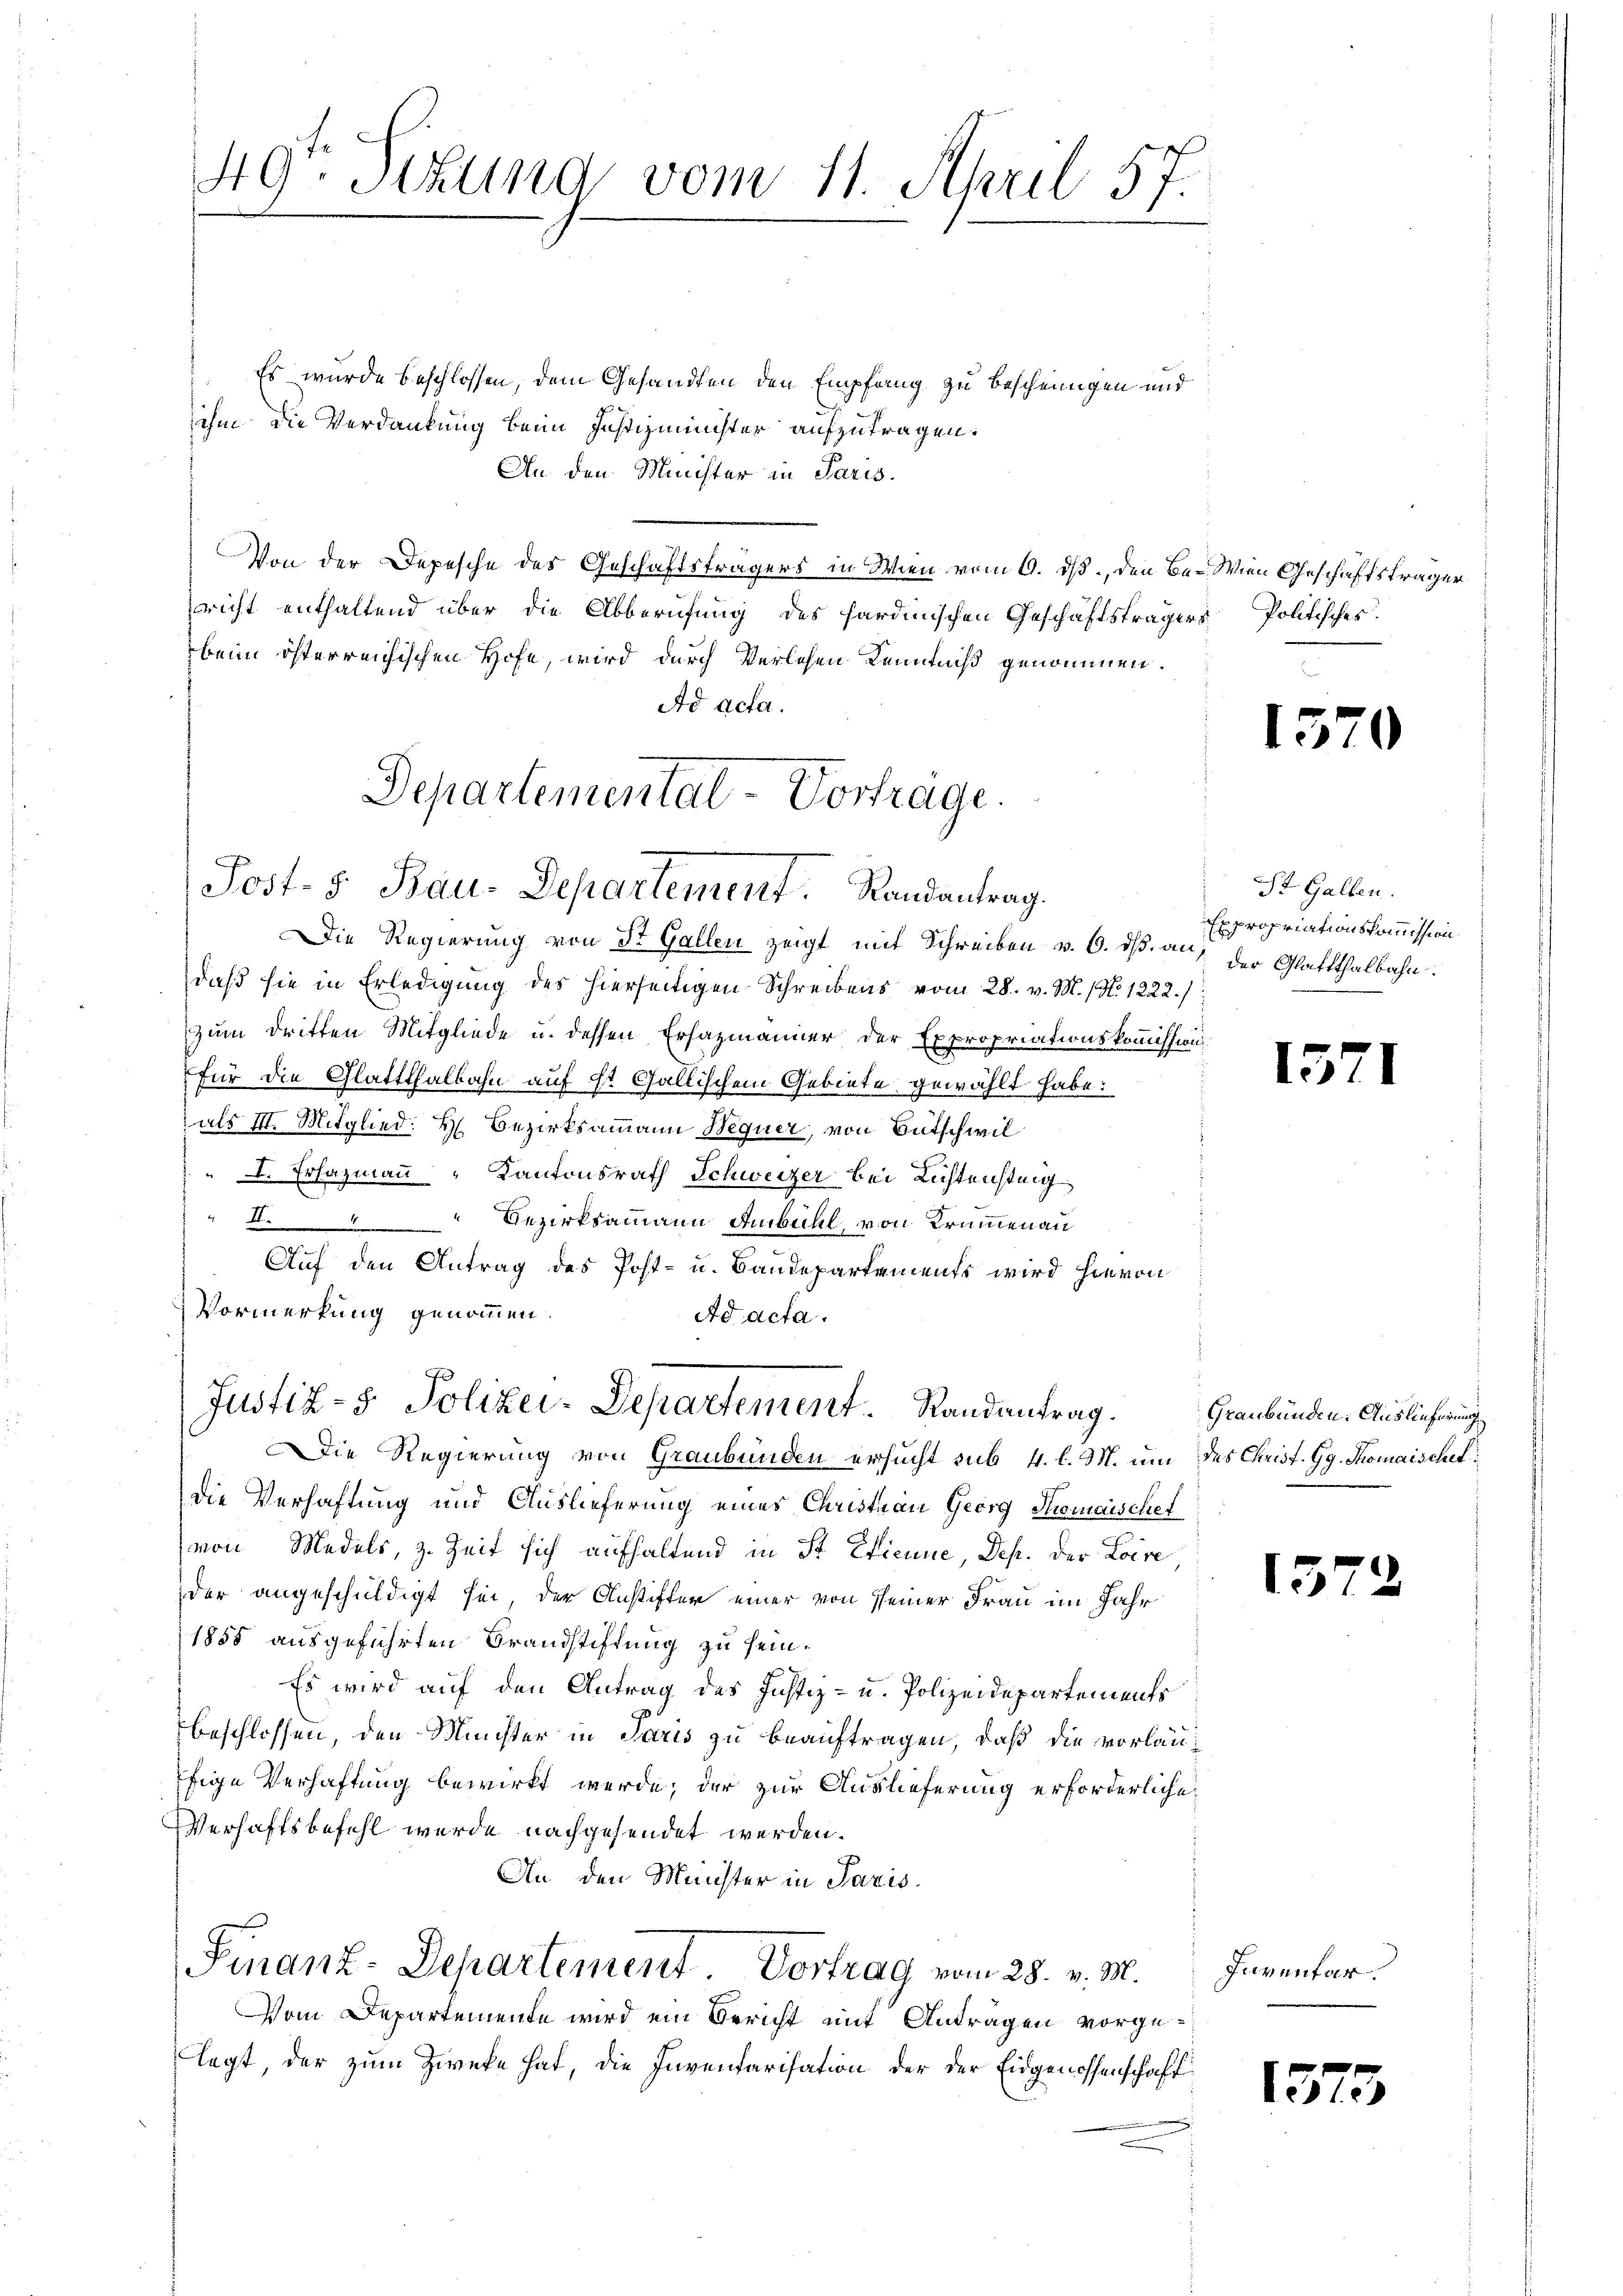
Es wurde beschlossen, dem Gesandten den Empfang zu bescheinigen und
ihm die Verdankung beim Justizminister aufzutragen.
An den Minister in Paris.
Von der Depesche des Geschäftsträgers in Wien vom 9. ds., den Be- Wien Geschäftsträger
richt enthaltend über die Abberufung des sardinischen Geschäftsträgers Politisches.
beim österreichischen Hofe, wird durch Verlesen Kenntniß genommen.
Ad acta.
Departemental-Vortrage.

Die Regierung von St. Gallen zeigt mit Schreiben v. 6. ds. auf der Glattthalbahn.
daß sie in Erledigung des hierseitigen Schreibens vom 28. v. M. (N. 1222./
zum Dritten Mitgliede u. dessen Erhazmänner der Expropriationskommission
für die Glattthalbahn auf st Gallischem Gebiete gewählt habe:
als III. Mitglied: H. Bezirksammann Wegner, von Bütschwil
I. Ersazmann Kantonsrath Schweizer bei Lichtensteig
.Bezirksammann Ambühl, von Krummen au
Die Regierung von Graubünden ersucht sub. 4. l. M. um des Christ. Gg. Thomaischet
die Verhaftung und Auslieferung eines Christian Georg Thomaischef
von Medels, z. Zeit sich aufhaltend in St. Etienne, Dep. der Loire
der angeschuldigt sei, der Anstifter einer von seiner Frau im Jahr
1855 ausgeführten Brandstiftung zu sein.
Es wird auf den Antrag des Justiz- u. Polizeidepartements
beschlossen, den Minister in Paris zu beauftragen, daß die vorläufige Verhaftung bewirkt werde; der zur Auslieferung erforderliche
Verhaftsbefehl wurde nachgesendet werden.
An den Münster in Paris.
Finanz-Departement Vortrag vom 28. v. M.
Vom Departemente wird ein Bericht mit Antragen vorgelegt der zum Zwecke hat, die Inventarisation der der Eidgenossenschaft

49. Stund vom 11. April 57.

Post- 5. Bau-Departement. Randantrag.

Auf den Antrag des Post- u. Baudepartements wird hievon
Vormerkung genommen.
Ad acta.
Justiz- & Polizei-Departement Randantrag.

a

1570

St. Gallen.
Expropriationskommission.

15

¬

Graubünden. Auslieferung

1572

Inventar.

1373